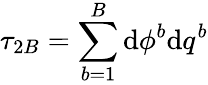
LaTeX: \tau_{2B}=\sum_{b=1}^{B}\mathrm{d}\phi^{b}\mathrm{d}q^{b}